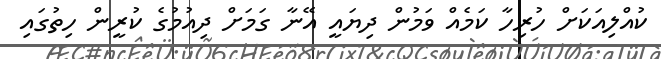
ކުއްލިއަކަށް ހުރިހާ ކަމެއް ވަމުން ދިޔައީ އޭނާ ގަމަށް ދިއުމުގެ ކުރީން ހިތުގައި